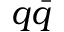
q \bar { q }